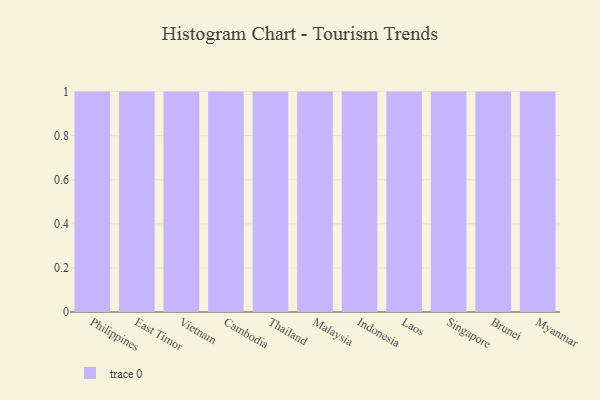
{"axis": {"x": "Country", "y": "Shipments"}, "legend": [""], "data": [{"x": "Philippines", "y": 11, "type": ""}, {"x": "East Timor", "y": 20, "type": ""}, {"x": "Vietnam", "y": 35, "type": ""}, {"x": "Cambodia", "y": 5, "type": ""}, {"x": "Thailand", "y": 64, "type": ""}, {"x": "Malaysia", "y": 58, "type": ""}, {"x": "Indonesia", "y": 87, "type": ""}, {"x": "Laos", "y": 8, "type": ""}, {"x": "Singapore", "y": 25, "type": ""}, {"x": "Brunei", "y": 52, "type": ""}, {"x": "Myanmar", "y": 76, "type": ""}]}